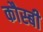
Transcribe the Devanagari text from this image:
कौस्बी